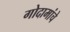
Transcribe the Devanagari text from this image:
गोदामांचे